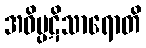
အဝိပ္ပဋိသာရောတိ